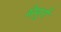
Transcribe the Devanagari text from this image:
सेमुर्ग